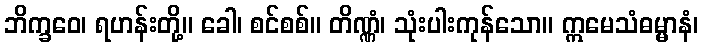
ဘိက္ခဝေ၊ ရဟန်းတို့။ ခေါ၊ စင်စစ်။ တိဏ္ဏံ၊ သုံးပါးကုန်သော။ ဣမေသံဓမ္မာနံ၊